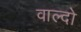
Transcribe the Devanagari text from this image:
वाल्दो